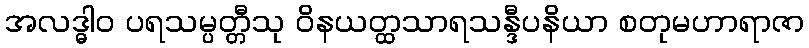
အလဒ္ဓါဝ ပရသမ္ပတ္တီသု ဝိနယတ္ထသာရသန္ဒီပနိယာ စတုမဟာရာဇာ